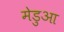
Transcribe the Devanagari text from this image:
मेडुआ